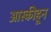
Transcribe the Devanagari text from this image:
आस्कीहून